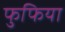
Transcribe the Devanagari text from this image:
फुफियाॅ